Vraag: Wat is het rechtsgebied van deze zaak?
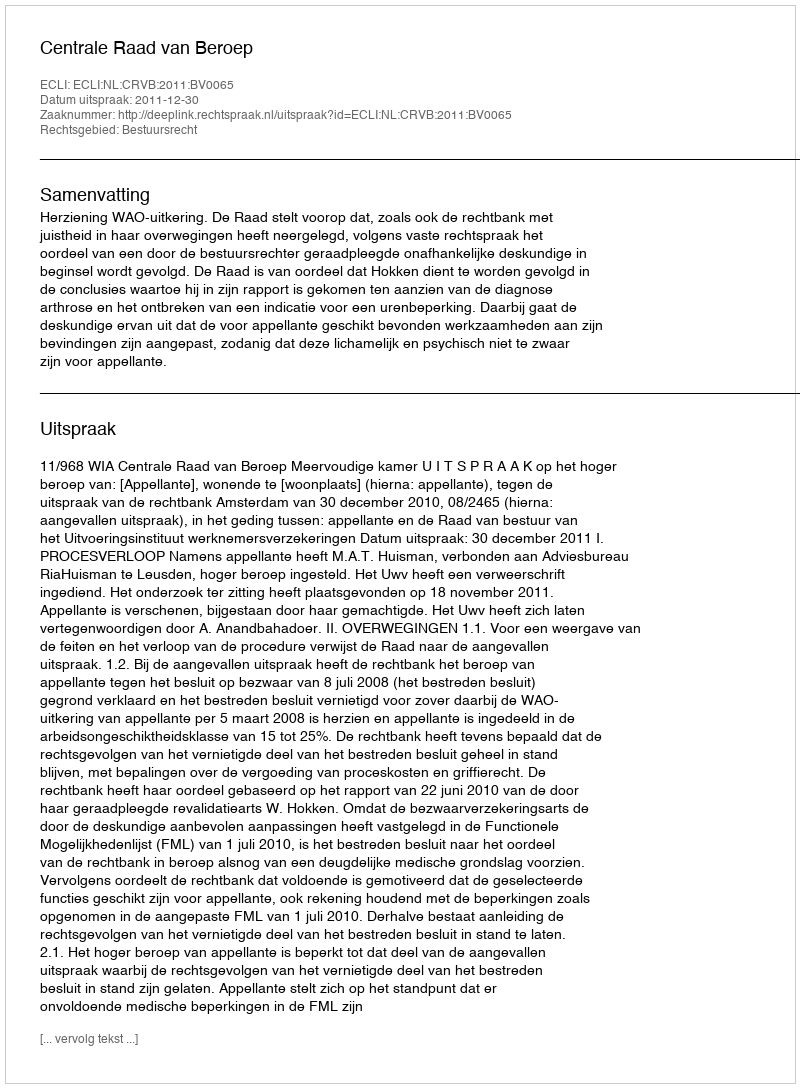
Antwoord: Bestuursrecht